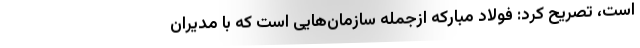
است، تصریح کرد: فولاد مبارکه ازجمله سازمان‌هایی است که با مدیران